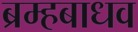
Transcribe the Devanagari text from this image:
ब्रम्हबाधव